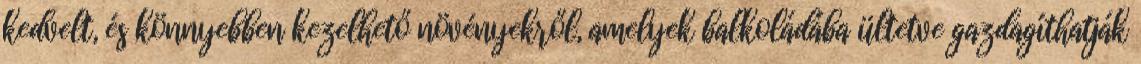
kedvelt, és könnyebben kezelhető növényekről, amelyek balkoládába ültetve gazdagíthatják